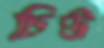
চিউ